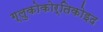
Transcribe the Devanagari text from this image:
ग्लुकोकोर्तिकोइद